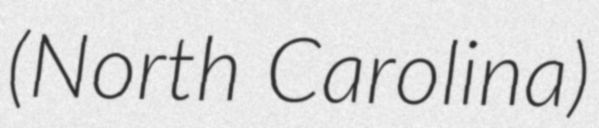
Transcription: (North Carolina)